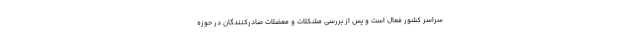
سراسر کشور فعال است و پس از بررسی مشکلات و معضلات صادرکنندگان در حوزه